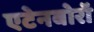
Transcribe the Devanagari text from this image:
एटेनबोरॉ